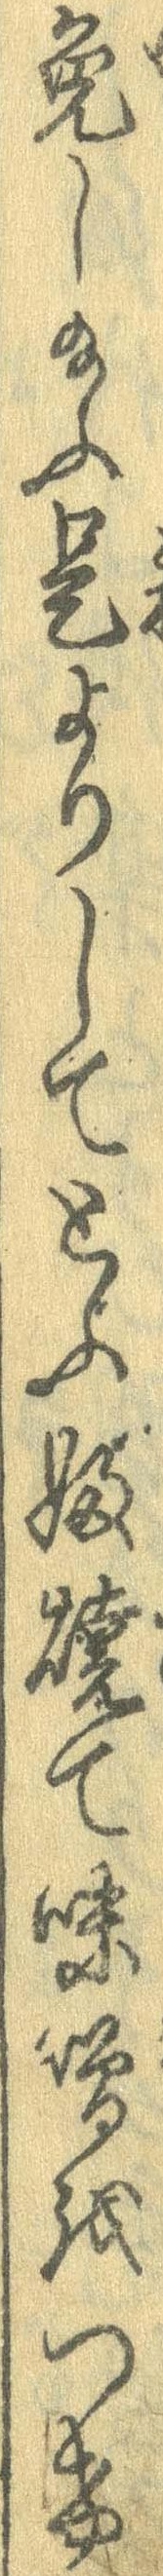
免し給ふ是よりしてとふふ焼て味噌をつけ